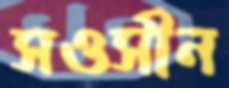
সওসীন